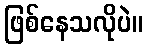
ဖြစ်နေသလိုပဲ။